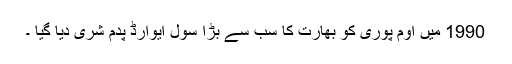
1990 میں اوم پوری کو بھارت کا سب سے بڑا سول ایوارڈ پدم شری دیا گیا ۔